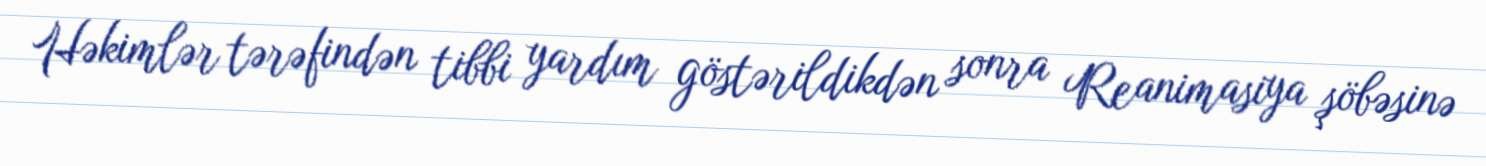
Həkimlər tərəfindən tibbi yardım göstərildikdən sonra Reanimasiya şöbəsinə